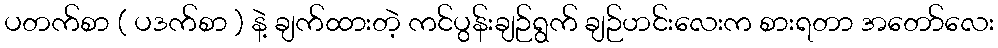
ပတက်စာ ( ပဒက်စာ ) နဲ့ ချက်ထားတဲ့ ကင်ပွန်းချဉ်ရွက် ချဉ်ဟင်းလေးက စားရတာ အတော်လေး